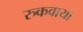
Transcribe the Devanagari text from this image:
रुकवाया